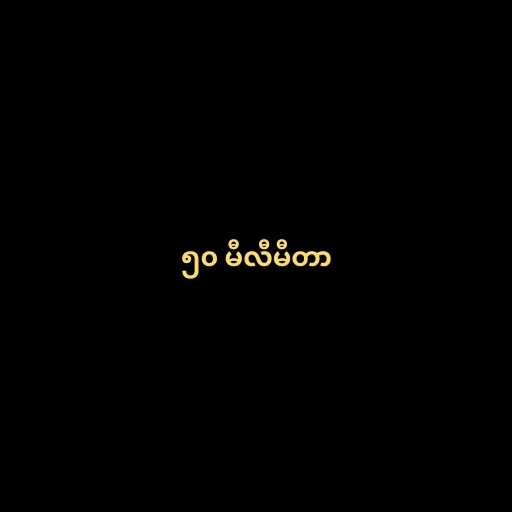
၅၀ မီလီမီတာ